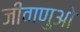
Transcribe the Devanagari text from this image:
जीवाणुओ